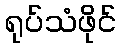
ရုပ်သံဖိုင်